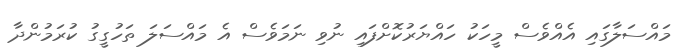
މައްސަލާގައި އެއްވެސް މީހަކު ހައްޔަރުކޮށްފައި ނުވި ނަމަވެސް އެ މައްސަލަ ތަހުގީގު ކުރަމުންދާ